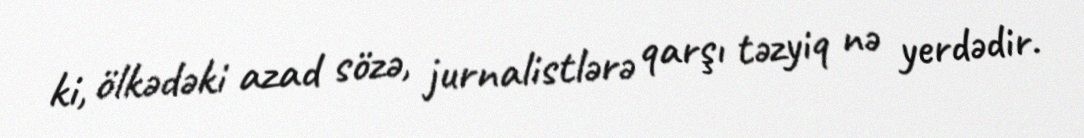
ki, ölkədəki azad sözə, jurnalistlərə qarşı təzyiq nə yerdədir.